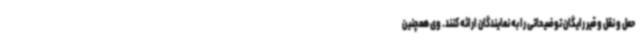
حمل و نقل و قیر رایگان توضیحاتی را به نمایندگان ارائه کنند. وی همچنین